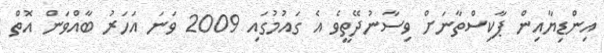
އިންޑިޔާއިން ޕާކިސްތާނަށް ވިސާނުދޭތީވެ އެ ގައުމުގައި 2009 ވަނަ އަހަރު ބާއްވަން އޮތް